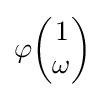
\varphi {\begin{pmatrix}1\\\omega \end{pmatrix}}